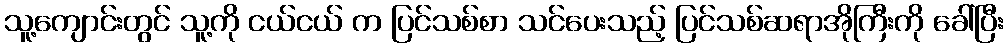
သူ့ကျောင်းတွင် သူ့ကို ငယ်ငယ် က ပြင်သစ်စာ သင်ပေးသည့် ပြင်သစ်ဆရာအိုကြီးကို ခေါ်ပြီး